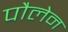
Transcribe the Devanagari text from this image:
पौलेन